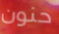
حنون